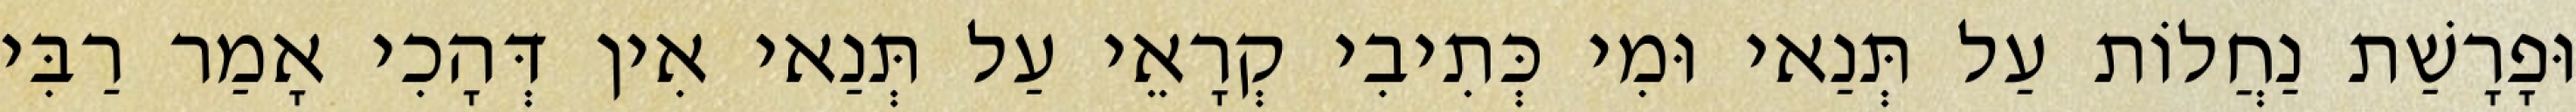
וּפָרָשַׁת נַחֲלוֹת עַל תְּנַאי וּמִי כְּתִיבִי קְרָאֵי עַל תְּנַאי אִין דְּהָכִי אָמַר רַבִּי